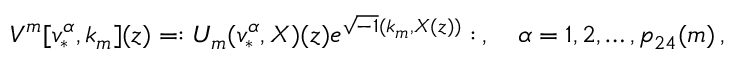
{ \cal V } ^ { m } [ v _ { * } ^ { \alpha } , k _ { m } ] ( z ) = : U _ { m } ( v _ { * } ^ { \alpha } , X ) ( z ) e ^ { \sqrt { - 1 } ( k _ { m } , X ( z ) ) } : \, , \quad \alpha = 1 , 2 , \ldots , p _ { 2 4 } ( m ) \, ,